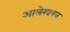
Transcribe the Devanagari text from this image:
आलेखपत्र